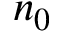
n _ { 0 }